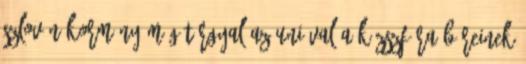
szlovén kormány még tárgyal az Unióval a közszféra béreinek